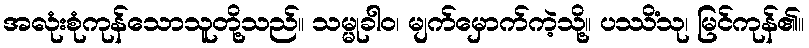
အလုံးစုံကုန်သောသူတို့သည်။ သမ္မုခါဝ၊ မျက်မှောက်ကဲ့သို့။ ပဿိံသု၊ မြင်ကုန်၏။